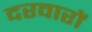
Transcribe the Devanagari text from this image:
दरवारों